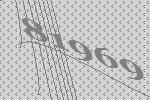
81969